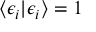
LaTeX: \langle \epsilon _ { i } | \epsilon _ { i } \rangle = 1